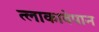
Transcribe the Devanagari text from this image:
त्लाकावेपान